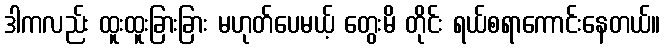
ဒါကလည်း ထူးထူးခြားခြား မဟုတ်ပေမယ့် တွေးမိ တိုင်း ရယ်စရာကောင်းနေတယ်။